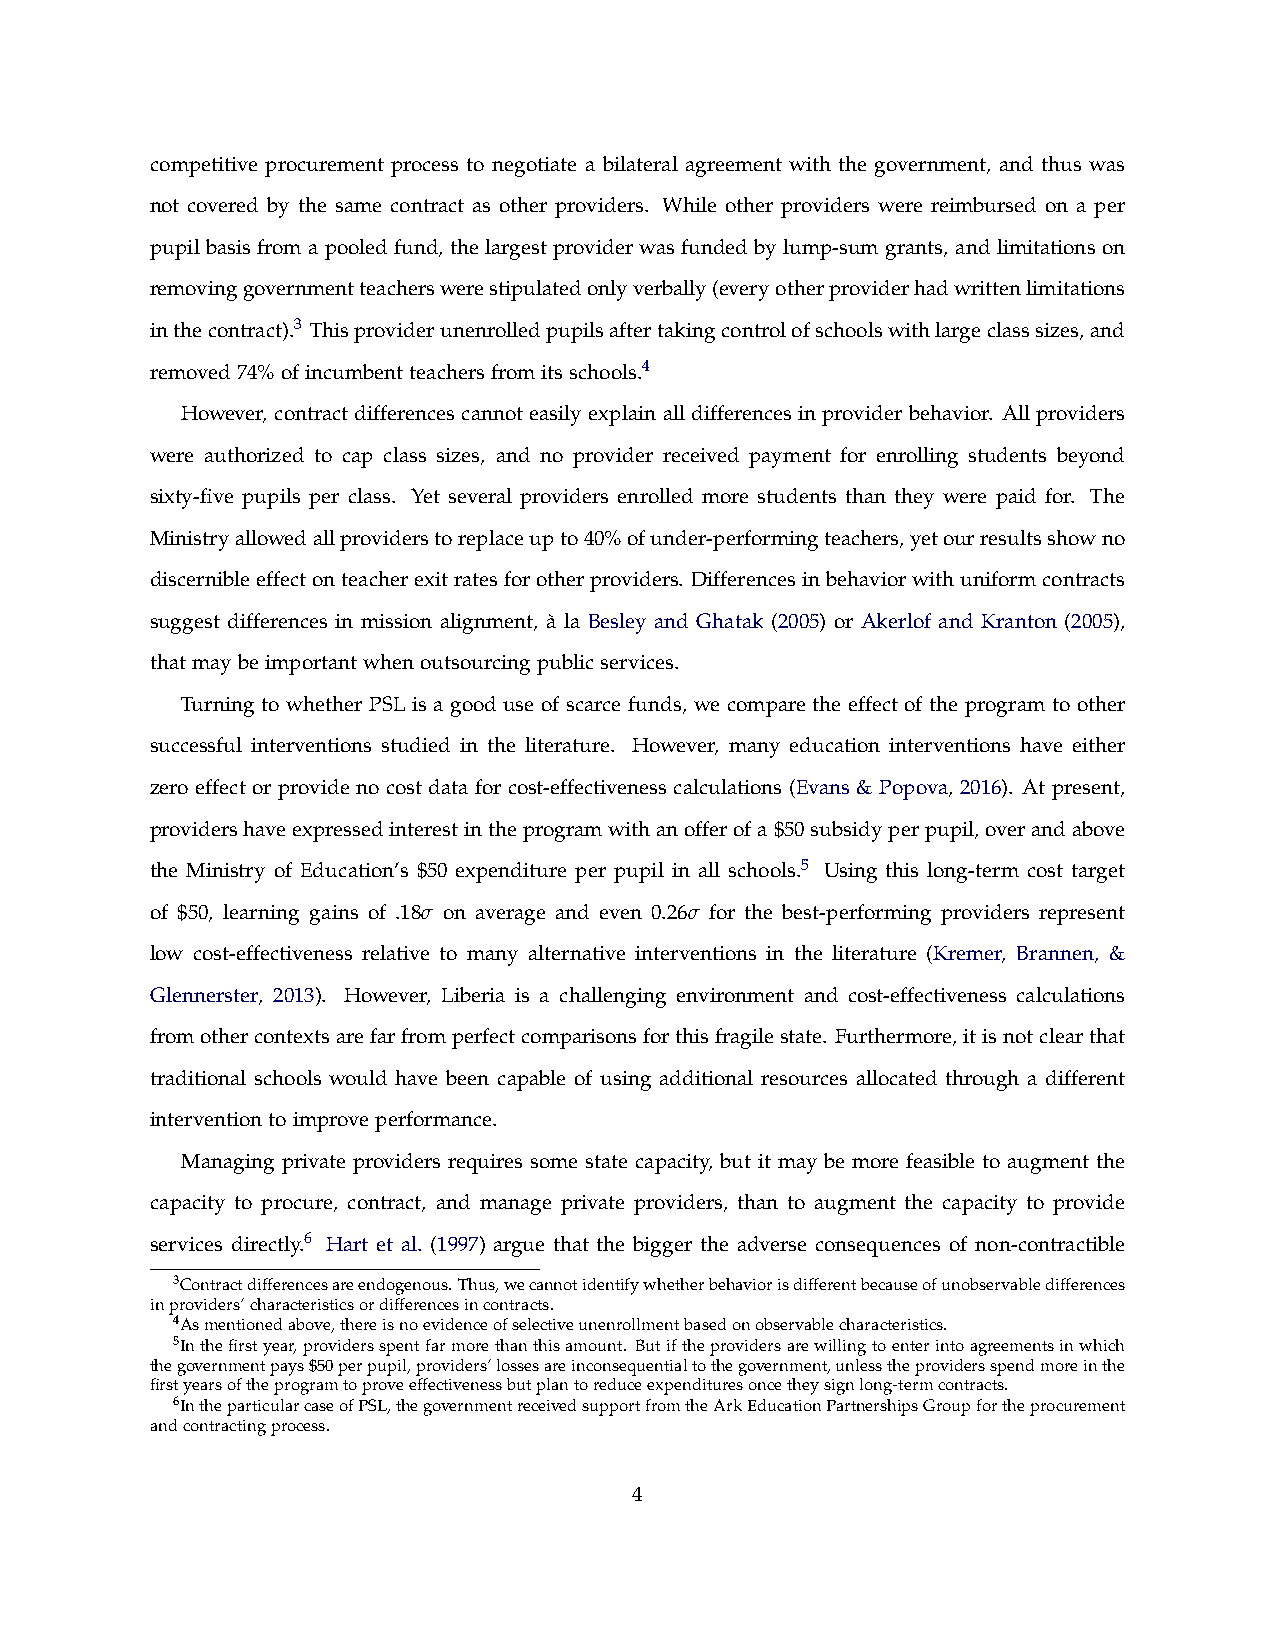
competitive procurement process to negotiate a bilateral agreement with the government, and thus was
 not covered by the same contract as other providers. While other providers were reimbursed on a per
 pupil basis from a pooled fund, the largest provider was funded by lump-sum grants, and limitations on
 removinggovernmentteacherswerestipulatedonlyverbally(everyotherproviderhadwrittenlimitations
 inthecontract).3 Thisproviderunenrolledpupilsaftertakingcontrolofschoolswithlargeclasssizes,and
 removed74%ofincumbentteachersfromitsschools.4
 However, contract differences cannot easily explain all differences in provider behavior. All providers
 were authorized to cap class sizes, and no provider received payment for enrolling students beyond
 sixty-five pupils per class. Yet several providers enrolled more students than they were paid for. The
 Ministryallowedallproviderstoreplaceupto40%ofunder-performingteachers,yetourresultsshowno
 discernibleeffectonteacherexitratesforotherproviders. Differencesinbehaviorwithuniformcontracts
 suggest differences in mission alignment, a` la Besley and Ghatak (2005) or Akerlof and Kranton (2005),
 thatmaybeimportantwhenoutsourcingpublicservices.
 Turning to whether PSL is a good use of scarce funds, we compare the effect of the program to other
 successful interventions studied in the literature. However, many education interventions have either
 zero effect or provide no cost data for cost-effectiveness calculations (Evans & Popova, 2016). At present,
 providershaveexpressedinterestintheprogramwithanofferofa$50subsidyperpupil,overandabove
 the Ministry of Education’s $50 expenditure per pupil in all schools.5 Using this long-term cost target
 of $50, learning gains of .18σ on average and even 0.26σ for the best-performing providers represent
 low cost-effectiveness relative to many alternative interventions in the literature (Kremer, Brannen, &
 Glennerster, 2013). However, Liberia is a challenging environment and cost-effectiveness calculations
 fromothercontextsarefarfromperfectcomparisonsforthisfragilestate. Furthermore,itisnotclearthat
 traditional schools would have been capable of using additional resources allocated through a different
 interventiontoimproveperformance.
 Managing private providers requires some state capacity, but it may be more feasible to augment the
 capacity to procure, contract, and manage private providers, than to augment the capacity to provide
 services directly.6 Hart et al. (1997) argue that the bigger the adverse consequences of non-contractible
 3Contractdifferencesareendogenous.Thus,wecannotidentifywhetherbehaviorisdifferentbecauseofunobservabledifferences
 inproviders’characteristicsordifferencesincontracts.
 4Asmentionedabove,thereisnoevidenceofselectiveunenrollmentbasedonobservablecharacteristics.
 5Inthefirstyear,providersspentfarmorethanthisamount. Butiftheprovidersarewillingtoenterintoagreementsinwhich
 thegovernmentpays$50perpupil,providers’lossesareinconsequentialtothegovernment,unlesstheprovidersspendmoreinthe
 firstyearsoftheprogramtoproveeffectivenessbutplantoreduceexpendituresoncetheysignlong-termcontracts.
 6IntheparticularcaseofPSL,thegovernmentreceivedsupportfromtheArkEducationPartnershipsGroupfortheprocurement
 andcontractingprocess.
 4